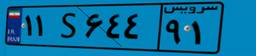
۱۱S۶۴۴۹۱